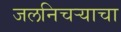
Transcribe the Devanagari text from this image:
जलनिचऱ्याचा